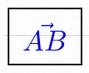
\vec{AB}